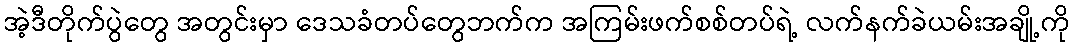
အဲ့ဒီတိုက်ပွဲတွေ အတွင်းမှာ ဒေသခံတပ်တွေဘက်က အကြမ်းဖက်စစ်တပ်ရဲ့ လက်နက်ခဲယမ်းအချို့ကို